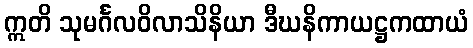
ဣတိ သုမင်္ဂလဝိလာသိနိယာ ဒီဃနိကာယဋ္ဌကထာယံ